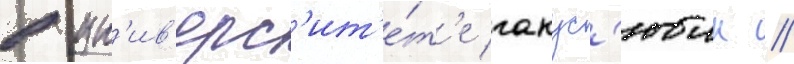
в ун'ив'ерс'ит'е́т'е гакус'юин //